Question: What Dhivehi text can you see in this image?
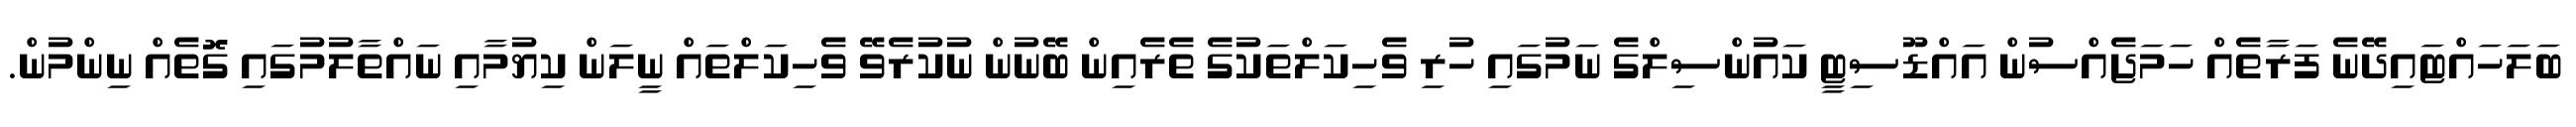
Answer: ބަލަހައްޓައިދޭނެ ފަރާތެއް ހަމަޖެއްސުން އައްޑޫސިޓީ ކައުންސިލްގެ ނަމުގައި ހުރި ވެހިކަލްތަކުގެ ތެރެއިން ބޭނުން ނުކުރެވޭ ވެހިކަލްތައް ނީލަން ކިޔުމާއި ނައްތާލުމުގައި ގޮތެއް ނިންމުން.